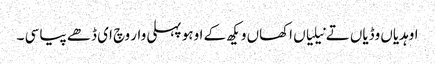
اوہدیاں وڈیاں تے نیلیاں اکھاں و یکھ کے اوہو پہلی وار وچ ای ڈھے پیا سی ۔